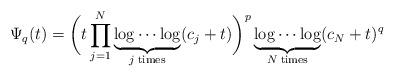
LaTeX: \begin{align*} \Psi_q(t)=\bigg(t\prod_{j=1}^N\underbrace{\log\cdots\log}_{j\;\mathrm{times}}(c_j+t)\bigg)^p\underbrace{\log\cdots\log}_{N\;\mathrm{times}}(c_N+t)^q\end{align*}